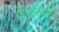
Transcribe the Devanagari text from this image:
चितई